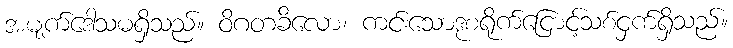
အမျက်ဒေါသမရှိသည်။ ဝိဂတခိလော၊ ကင်းသောဒုစရိုက်ငြောင့်သစ်ငှက်ရှိသည်။